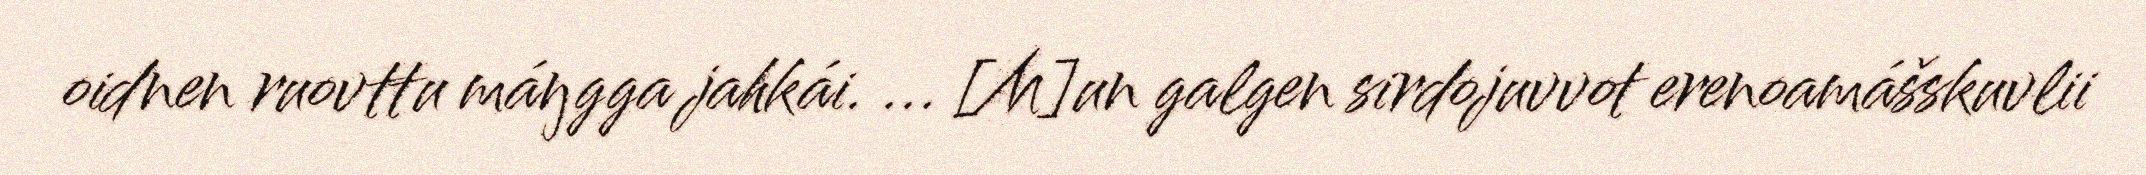
oidnen ruovttu máŋgga jahkái. ... [M]un galgen sirdojuvvot erenoamášskuvlii